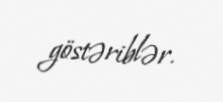
göstəriblər.